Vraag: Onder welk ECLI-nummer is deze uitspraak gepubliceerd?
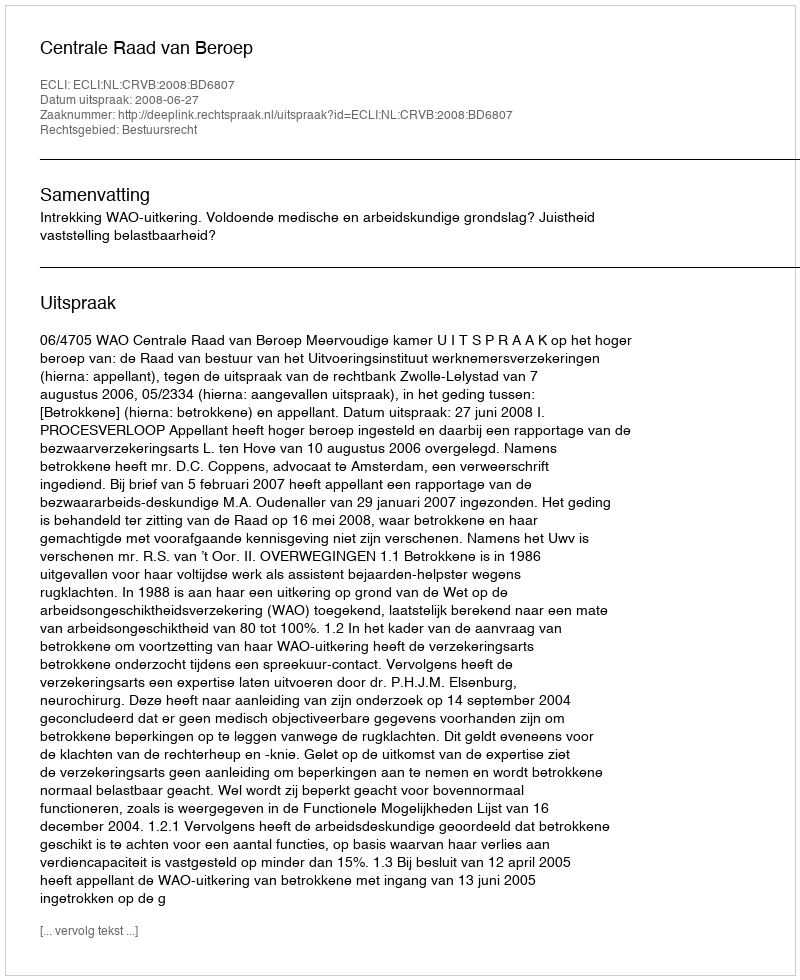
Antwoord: ECLI:NL:CRVB:2008:BD6807